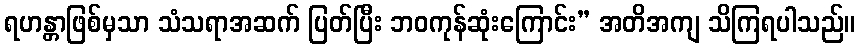
ရဟန္တာဖြစ်မှသာ သံသရာအဆက် ပြတ်ပြီး ဘဝကုန်ဆုံးကြောင်း” အတိအကျ သိကြရပါသည်။